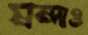
মন্দাও